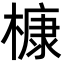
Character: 槺